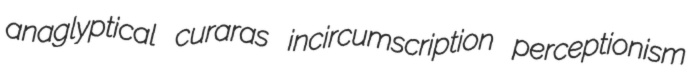
anaglyptical curaras incircumscription perceptionism